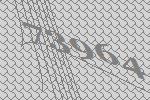
73964